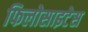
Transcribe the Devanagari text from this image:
फिलोसाइटेस